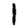
Digit: 1